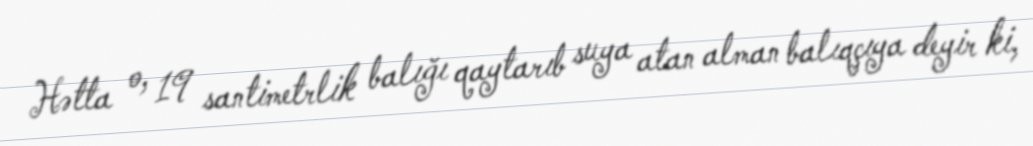
Hətta o, 19 santimetrlik balığı qaytarıb suya atan alman balıqçıya deyir ki,